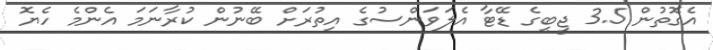
އެގޮތުން 3.5 ޖީބީގެ ޑޭޓާ އެލަވަންސުގެ އިތުރަށް ބޭނުން ކުރާނަމަ އެންމެ ހެޔޮ